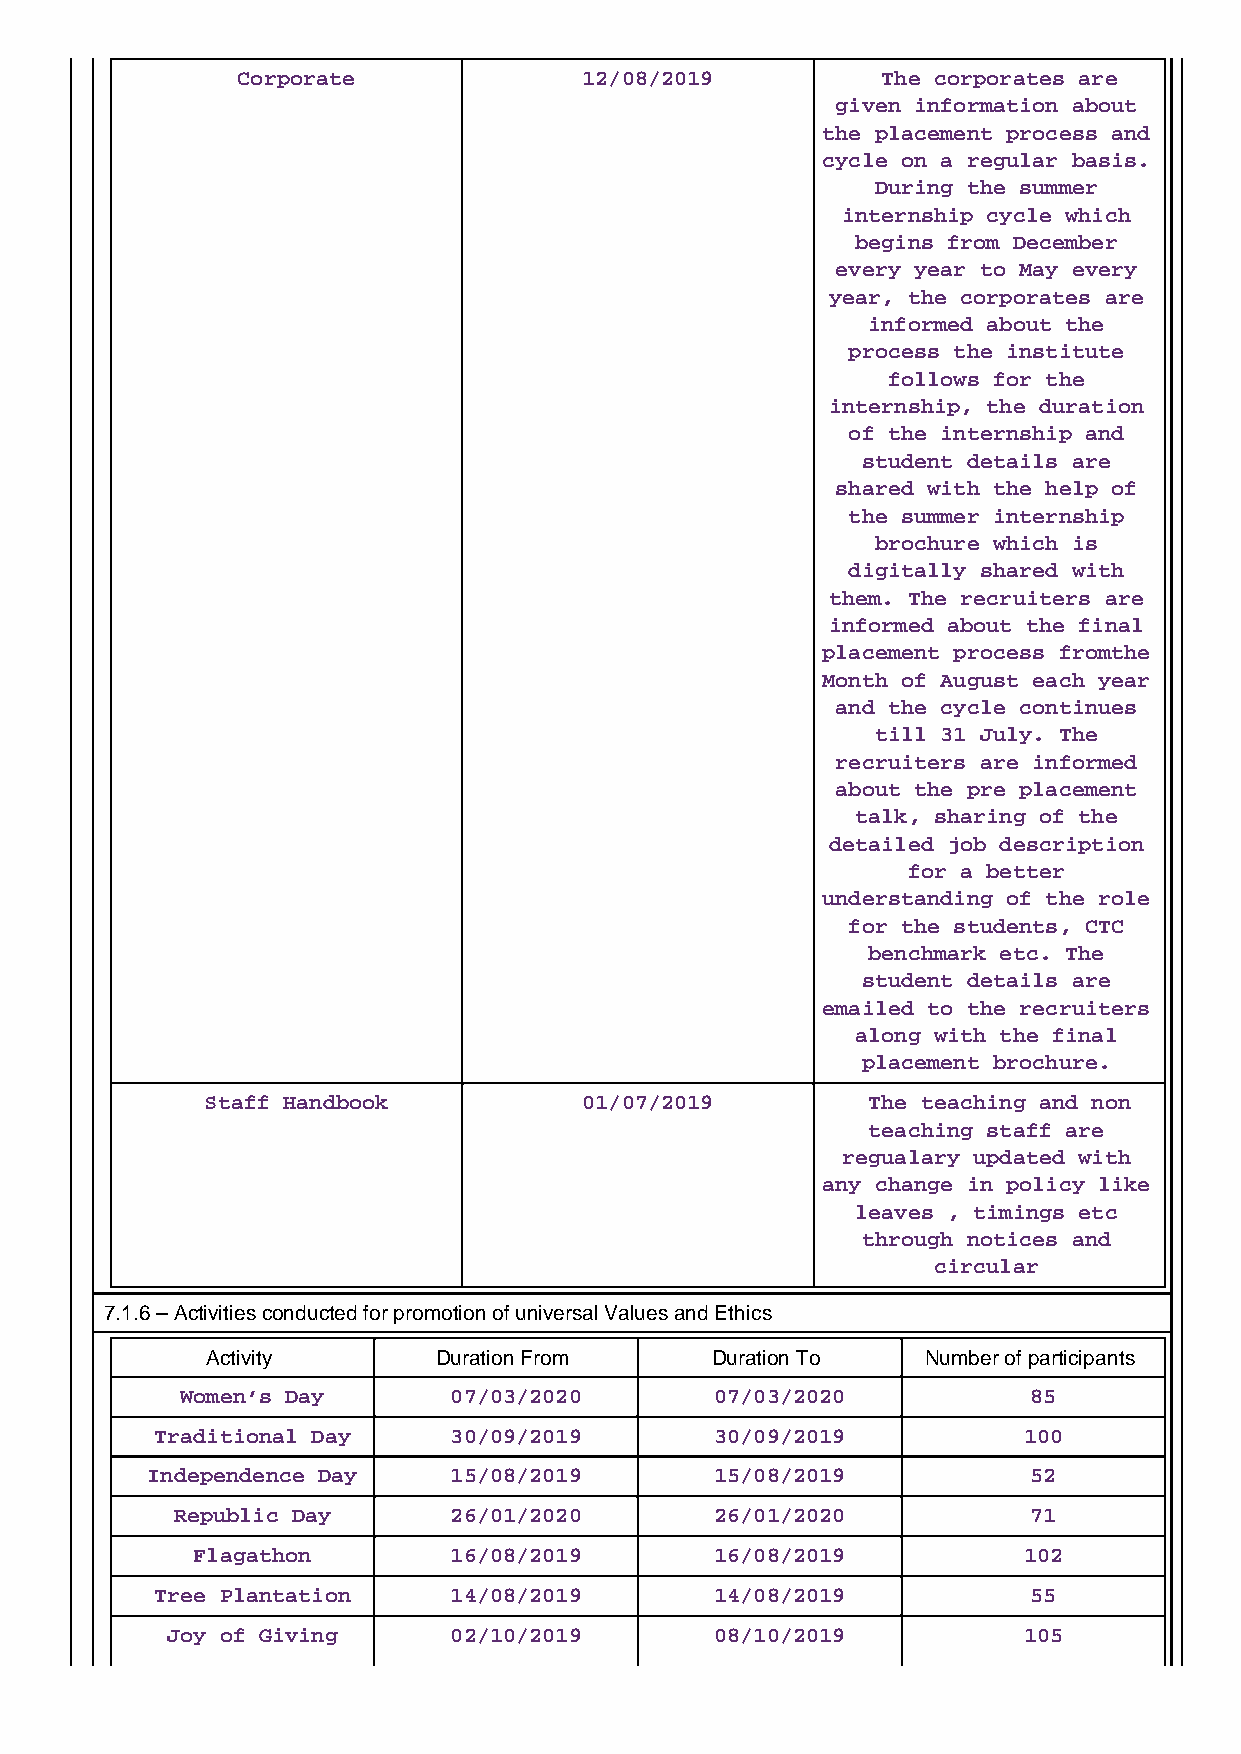
Corporate              12/08/2019         The corporates are
 given information about
 the placement process and
 cycle on a regular basis.
 During the summer
 internship cycle which
 begins from December
 every year to May every
 year, the corporates are
 informed about the
 process the institute
 follows for the
 internship, the duration
 of the internship and
 student details are
 shared with the help of
 the summer internship
 brochure which is
 digitally shared with
 them. The recruiters are
 informed about the final
 placement process fromthe
 Month of August each year
 and the cycle continues
 till 31 July. The
 recruiters are informed
 about the pre placement
 talk, sharing of the
 detailed job description
 for a better
 understanding of the role
 for the students, CTC
 benchmark etc. The
 student details are
 emailed to the recruiters
 along with the final
 placement brochure.
 Staff Handbook           01/07/2019        The teaching and non
 teaching staff are
 regualary updated with
 any change in policy like
 leaves , timings etc
 through notices and
 circular
 7.1.6 – Activities conducted for promotion of universal Values and Ethics
 Activity       Duration From     Duration To   Number of participants
 Women’s Day       07/03/2020       07/03/2020           85
 Traditional Day     30/09/2019       30/09/2019           100
 Independence Day    15/08/2019       15/08/2019           52
 Republic Day       26/01/2020       26/01/2020           71
 Flagathon        16/08/2019       16/08/2019           102
 Tree Plantation     14/08/2019       14/08/2019           55
 Joy of Giving      02/10/2019       08/10/2019           105